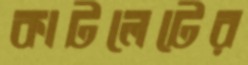
কাটলেটের